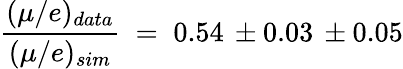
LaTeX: {\frac{(\mu/e)_{data}}{(\mu/e)_{sim}}}\; =\; 0.54\, \pm 0.03\, \pm 0.05